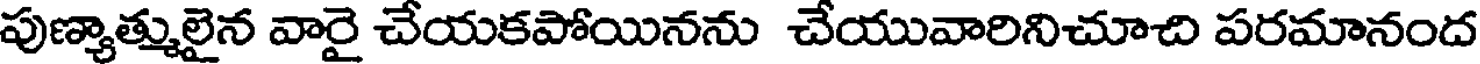
పుణ్యాత్ములైన వారై చేయకపోయినను చేయువారినిచూచి పరమానంద